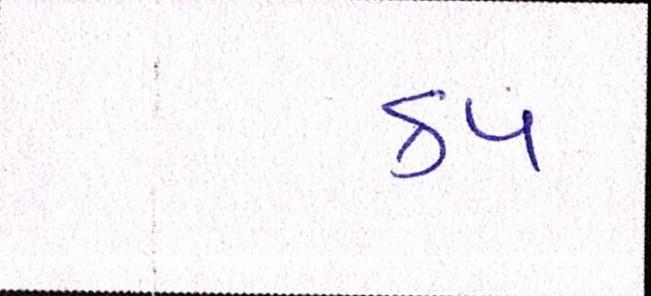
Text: કપ